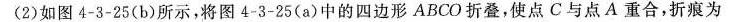
(2)如图4-3-25(b)所示，将图4-3-25(a)中的四边形ABCO折叠，使点C与点A重合，折痕为